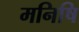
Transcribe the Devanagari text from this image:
मनिषि